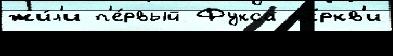
жи́л'и п'е́рвый Фукса це́ркв'и